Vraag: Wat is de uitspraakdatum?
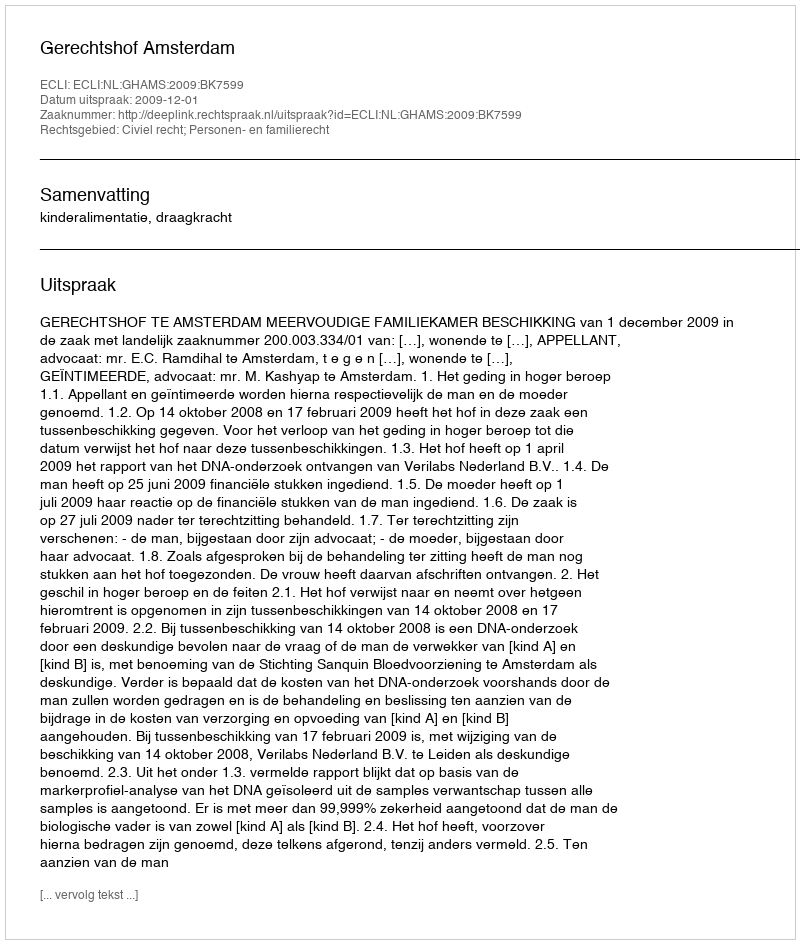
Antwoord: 2009-12-01